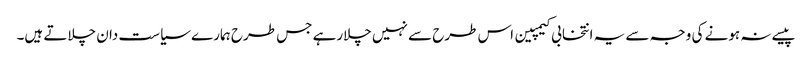
پیسے نہ ہونے کی وجہ سے یہ انتخابی کیمپین اس طرح سے نہیں چلارہے جس طرح ہمارے سیاست دان چلاتے ہیں۔